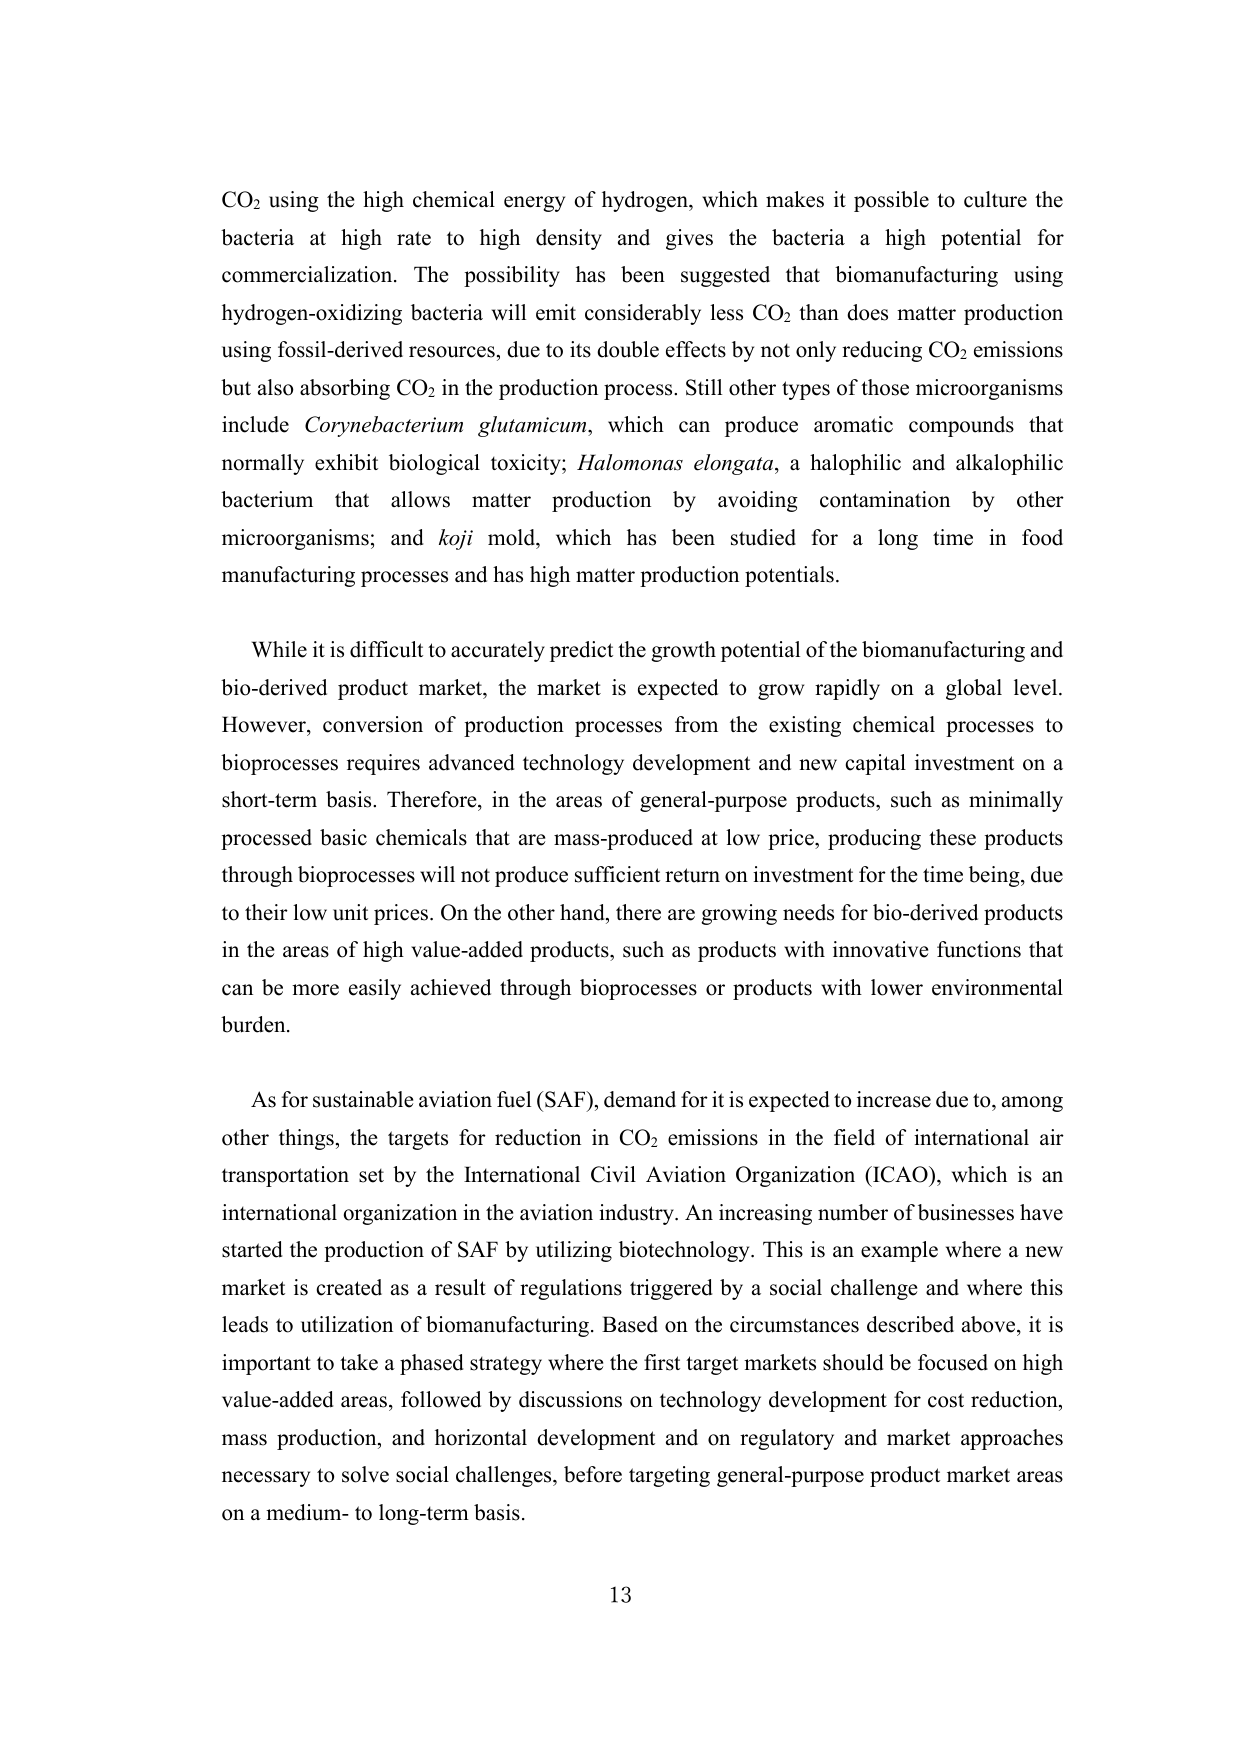
CO₂ using the high chemical energy of hydrogen, which makes it possible to culture the bacteria at high rate to high density and gives the bacteria a high potential for commercialization. The possibility has been suggested that biomanufacturing using hydrogen-oxidizing bacteria will emit considerably less CO₂ than does matter production using fossil-derived resources, due to its double effects by not only reducing CO₂ emissions but also absorbing CO₂ in the production process. Still other types of those microorganisms include Corynebacterium glutamicum, which can produce aromatic compounds that normally exhibit biological toxicity; Halomonas elongata, a halophilic and alkalophilic bacterium that allows matter production by avoiding contamination by other microorganisms; and koji mold, which has been studied for a long time in food manufacturing processes and has high matter production potentials.

While it is difficult to accurately predict the growth potential of the biomanufacturing and bio-derived product market, the market is expected to grow rapidly on a global level. However, conversion of production processes from the existing chemical processes to bioprocesses requires advanced technology development and new capital investment on a short-term basis. Therefore, in the areas of general-purpose products, such as minimally processed basic chemicals that are mass-produced at low price, producing these products through bioprocesses will not produce sufficient return on investment for the time being, due to their low unit prices. On the other hand, there are growing needs for bio-derived products in the areas of high value-added products, such as products with innovative functions that can be more easily achieved through bioprocesses or products with lower environmental burden.

As for sustainable aviation fuel (SAF), demand for it is expected to increase due to, among other things, the targets for reduction in CO₂ emissions in the field of international air transportation set by the International Civil Aviation Organization (ICAO), which is an international organization in the aviation industry. An increasing number of businesses have started the production of SAF by utilizing biotechnology. This is an example where a new market is created as a result of regulations triggered by a social challenge and where this leads to utilization of biomanufacturing. Based on the circumstances described above, it is important to take a phased strategy where the first target markets should be focused on high value-added areas, followed by discussions on technology development for cost reduction, mass production, and horizontal development and on regulatory and market approaches necessary to solve social challenges, before targeting general-purpose product market areas on a medium- to long-term basis.

13